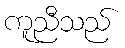
ကူညီသည်